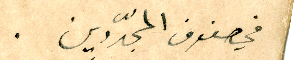
في صفوف المجدّدين.